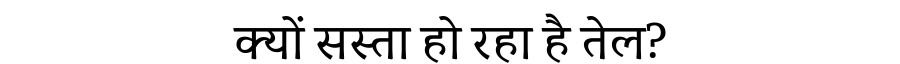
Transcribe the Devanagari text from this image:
क्यों सस्ता हो रहा है तेल?